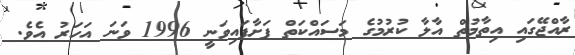
ރާއްޖޭގައި އިތާމުތް އާލާ ކުރުމުގެ މަސައްކަތް ފަށާފައިވަނީ 1996 ވަނަ އަހަރު އެވެ.